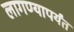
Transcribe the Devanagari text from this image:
लागण्यापर्यंत